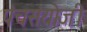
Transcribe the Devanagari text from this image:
पंचसंयोजी